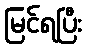
မြင်ရပြီး